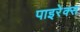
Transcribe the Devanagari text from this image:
पाइरेक्स